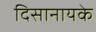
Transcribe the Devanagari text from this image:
दिसानायके